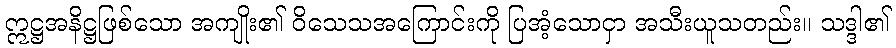
ဣဋ္ဌအနိဋ္ဌဖြစ်သော အကျိုး၏ ဝိသေသအကြောင်းကို ပြအံ့သောငှာ အသီးယူသတည်း။ သဒ္ဒါ၏